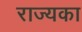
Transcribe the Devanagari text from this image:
राज्यका